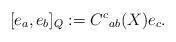
LaTeX: \begin{align*}[e_a,e_b]_Q:=C^c{}_{ab}(X)e_c.\end{align*}